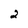
Character: 2